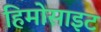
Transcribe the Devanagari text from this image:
हिमोसाइट